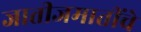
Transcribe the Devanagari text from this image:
जातीजमातींचे